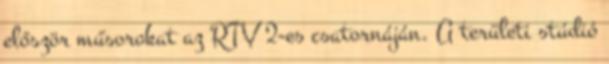
először műsorokat az RTV 2-es csatornáján. A területi stúdió